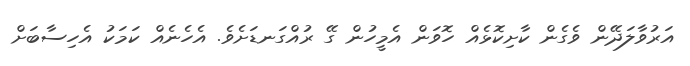
އަރުވާލަދޭން ވެގެން ކާށިކޮޅެއް ހޮވަން އެމީހުން ގޭ ރުއްގަނޑަށެވެ. އެހެނެއް ކަމަކު އެހިސާބަށް